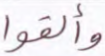
وألقوا